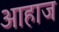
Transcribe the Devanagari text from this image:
आहाज